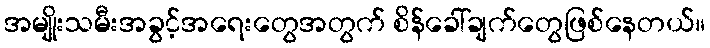
အမျိုးသမီးအခွင့်အရေးတွေအတွက် စိန်ခေါ်ချက်တွေဖြစ်နေတယ်။